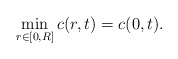
\begin{align*}\min_{r\in[0,R]}c(r,t)=c(0,t).\end{align*}